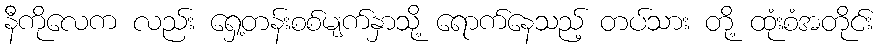
နီကိုလေက လည်း ရှေ့တန်းစစ်မျက်နှာသို့ ရောက်နေသည့် တပ်သား တို့ ထုံးစံအတိုင်း